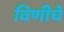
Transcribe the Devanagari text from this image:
विणीचे